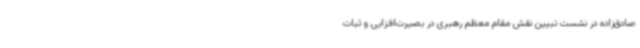
صادق‌زاده در نشست تبیین نقش مقام معظم رهبری در بصیرت‌افزایی و ثبات